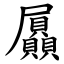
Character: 屭